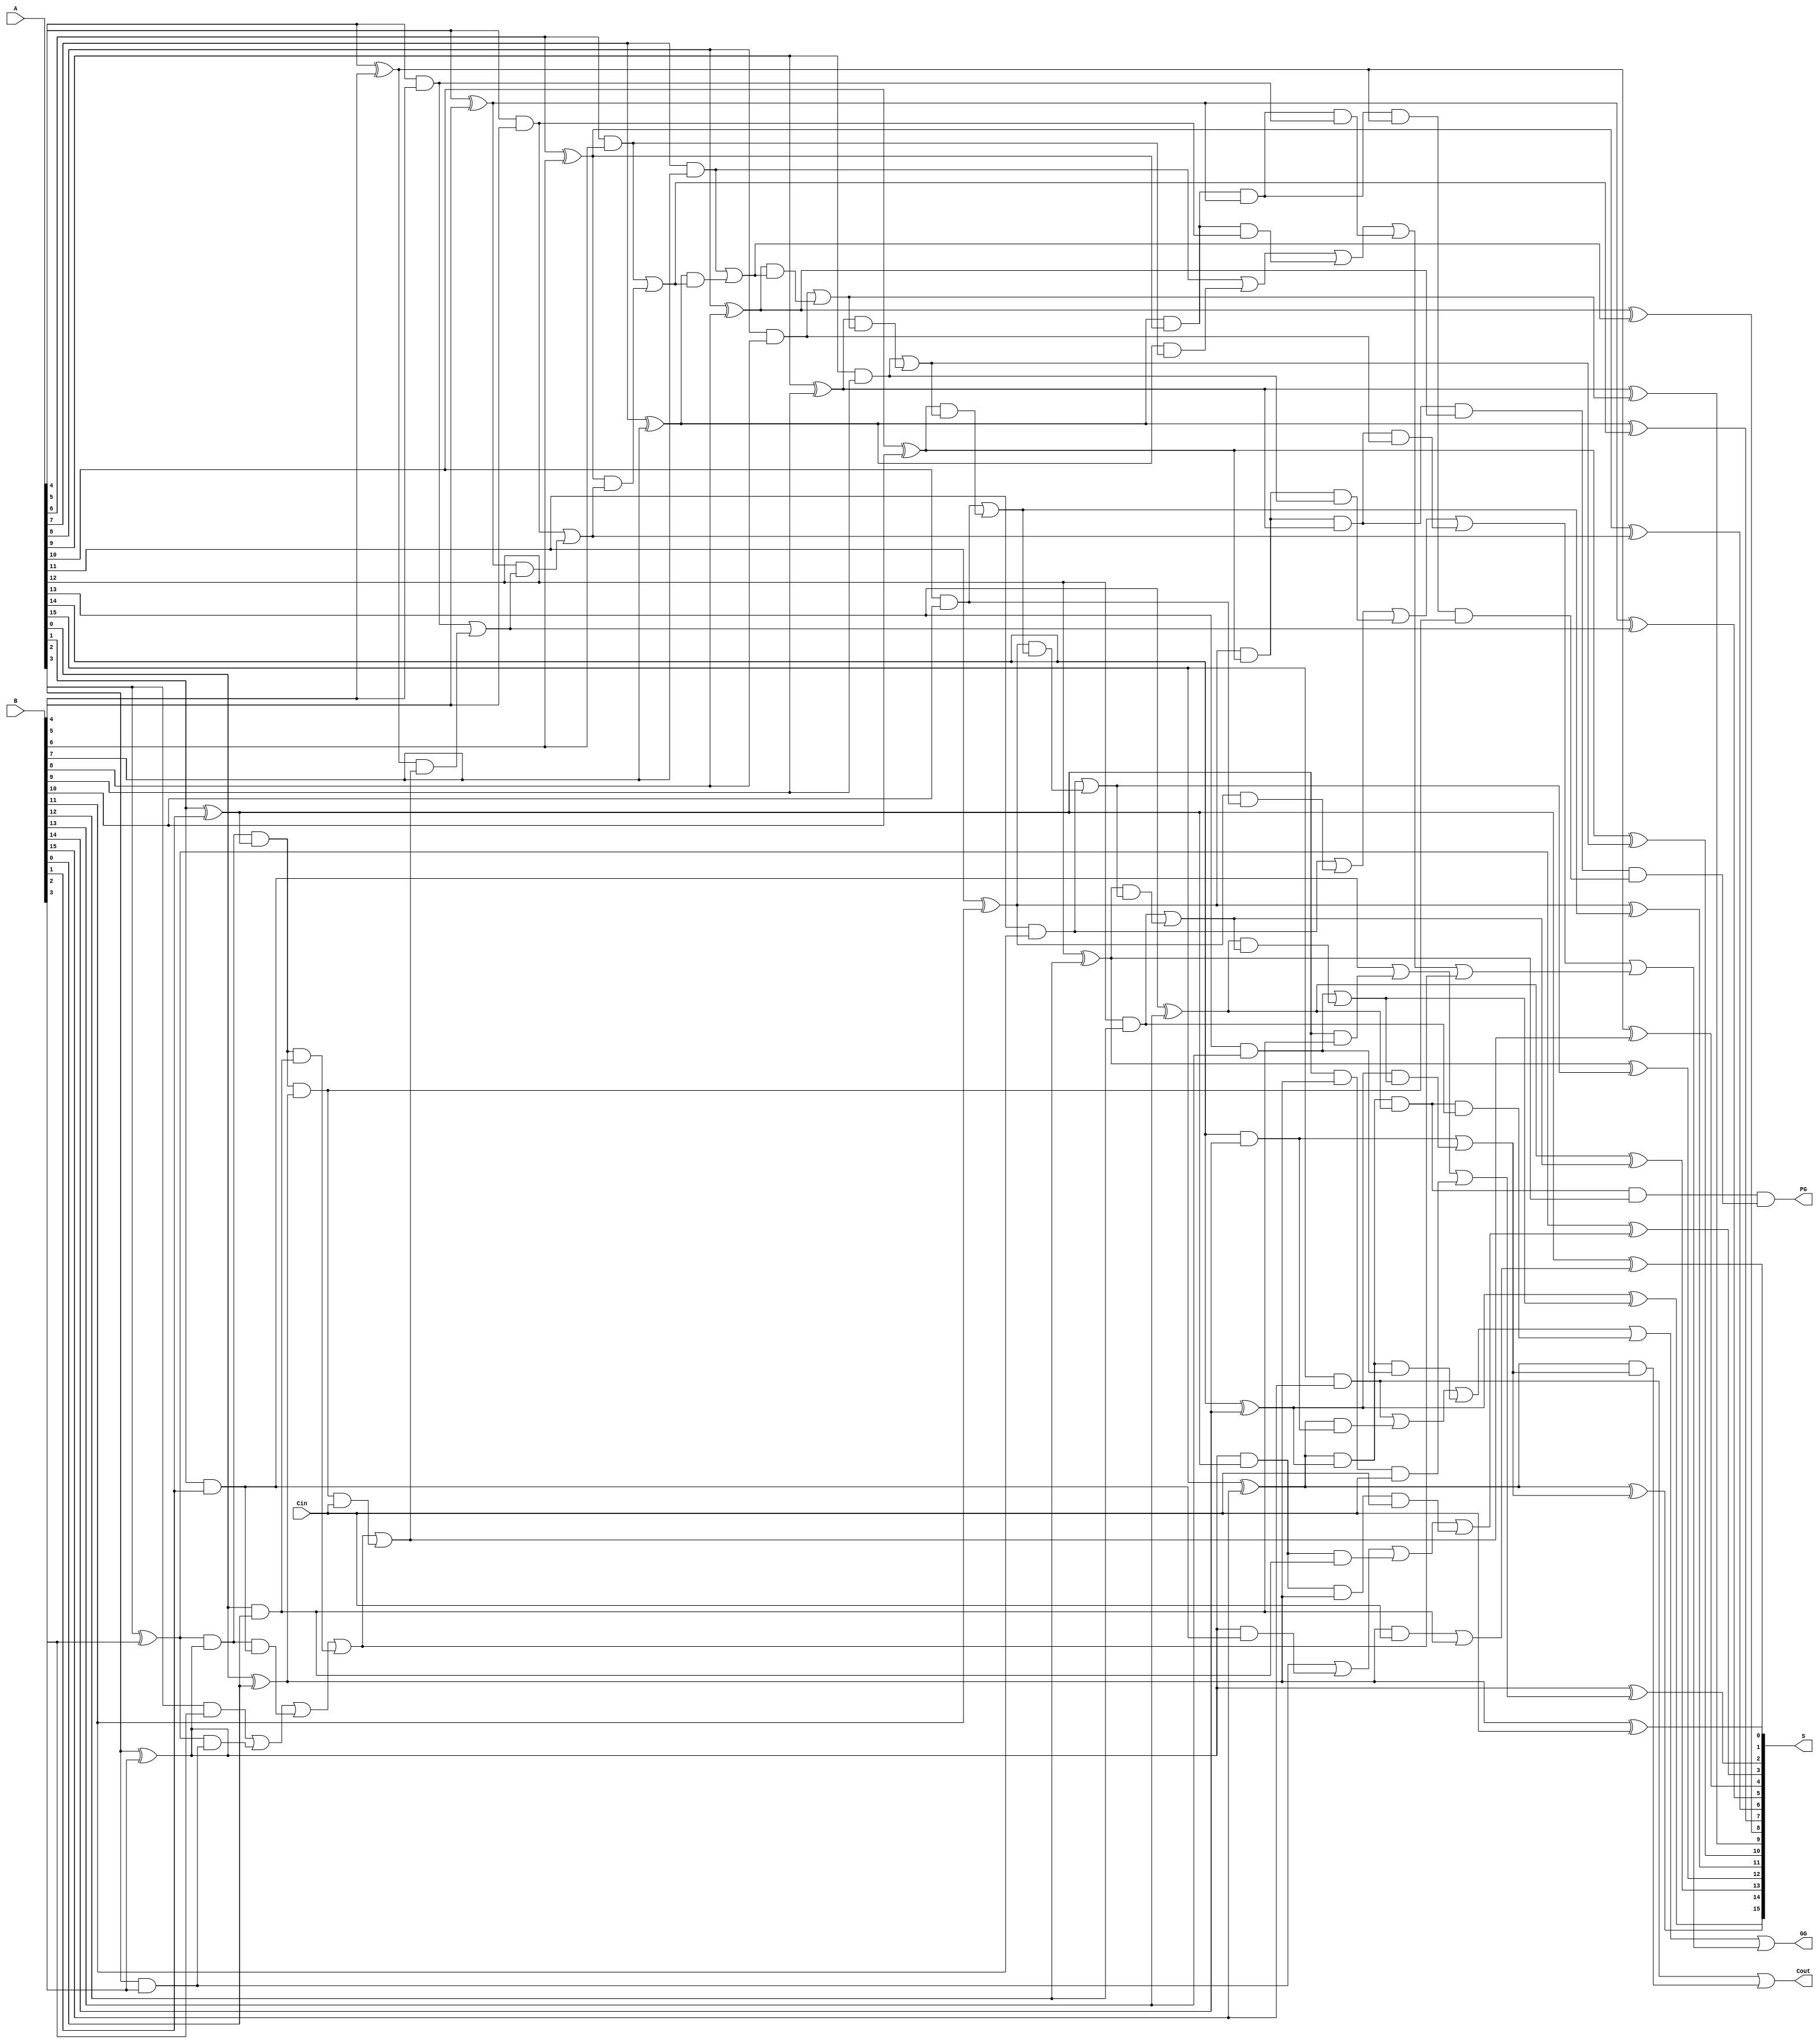
module cla_4bit(output [15:0] S,output Cout, PG,GG,input [15:0]A,B,input Cin);
	wire [15:0] G,P,C;
	wire g1,g2,g3,g4,g5,g6,g7,g8,g9,g10,g11,g12,g13,g14,g15;
	wire w1,w2,w3,w4,w5,w6,w7,w8,w9,w10,w11,w12,w13,w14,w15,w16,w17,w18,w19,w20,w21,w22,w23;
	wire v,v1,v2;
	//generate   G= A&B 
		and #1(G[0],A[0],B[0]),	
			(G[1],A[1],B[1]),
			(G[2],A[2],B[2]),
			(G[3],A[3],B[3]),
			
			(G[4],A[4],B[4]),	
			(G[5],A[5],B[5]),
			(G[6],A[6],B[6]),
			(G[7],A[7],B[7]),
			
			(G[8],A[8],B[8]),	
			(G[9],A[9],B[9]),
			(G[10],A[10],B[10]),
			(G[11],A[11],B[11]),
			
			(G[12],A[12],B[12]),	
			(G[13],A[13],B[13]),
			(G[14],A[14],B[14]),
			(G[15],A[15],B[15]);
	//propagate  P=A^B
		xor #1 (P[0],A[0],B[0]),
		    (P[1],A[1],B[1]),
			(P[2],A[2],B[2]),
			(P[3],A[3],B[3]),
			
			(P[4],A[4],B[4]),
		    (P[5],A[5],B[5]),
			(P[6],A[6],B[6]),
			(P[7],A[7],B[7]),
			
			(P[8],A[8],B[8]),
		    (P[9],A[9],B[9]),
			(P[10],A[10],B[10]),
			(P[11],A[11],B[11]),
			
			(P[12],A[12],B[12]),
		    (P[13],A[13],B[13]),
			(P[14],A[14],B[14]),
			(P[15],A[15],B[15]);
	
			
   

		 or #1 (C[0],Cin);          //C0
		and #1(w1,P[0],C[0]);    
		or #1 (C[1],w1,G[0]);
							
		and	#1(w2,P[1],G[0]),		 
			(w3,P[1],P[0],C[0]);
		or #1(C[2],G[1],w2,w3);		
			
		and #1(w4, P[2],G[1]),
			(w5,P[2],P[1],G[0]),
			(w6,P[2],P[1],P[0],C[0]);
		or #1 (C[3],G[2],w4,w5,w6);	

		and #1(w7,P[3],G[2]),
			(w8,P[3],P[2],G[1]),
			(w9,P[3],P[2],P[1],G[0]),
			(w10,P[3],P[2],P[1],P[0],C[0]);
		or #1 (C[4],G[3],w7,w8,w9,w10);	

		and #1 (w12,P[4],C[4]);
		or #1 (C[5],G[4],w12);	
		
		and #1 (w13,P[5],C[5]);
		or #1 (C[6],G[5],w13);
		
		and #1(w14,P[6],C[6]);
		or #1 (C[7],G[6],w14);
		
		and #1(w15,P[7],C[7]);
		or #1 (C[8],G[7],w15);
		
		and #1(w16,P[8],C[8]);
		or #1  (C[9],G[8],w16);	
		
		and #1(w17,P[9],C[9]);
		or #1 (C[10],G[9],w17);
		
		and #1(w18,P[10],C[10]);
		or #1 (C[11],G[10],w18);
		
		and #1(w19,P[11],C[11]);
		or #1 (C[12],G[11],w19);
		
		and #1(w20,P[12],C[12]);
		or #1 (C[13],G[12],w20);	
		
		and #1(w21,P[13],C[13]);
		or #1 (C[14],G[13],w21);	
		
		and #1 (w22,P[14],C[14]);
		or #1 (C[15],G[14],w22);

	    and #1 (w23,P[15],C[15]);
		or #1 (Cout,G[15],w23);

			
//SUM
	//	assign S=P^C;
	    xor #1 (S[0],P[0],C[0]),
			(S[1],P[1],C[1]),
			(S[2],P[2],C[2]),
			(S[3],P[3],C[3]),
			(S[4],P[4],C[4]),
			(S[5],P[5],C[5]),
			(S[6],P[6],C[6]),
			(S[7],P[7],C[7]),
			(S[8],P[8],C[8]),
			(S[9],P[9],C[9]),
			(S[10],P[10],C[10]),
			(S[11],P[11],C[11]),
			(S[12],P[12],C[12]),
			(S[13],P[13],C[13]),
			(S[14],P[14],C[14]),
			(S[15],P[15],C[15]);	

			
//PROPAGATE
		and #1 (v,P[3],P[2],P[1],P[0]),
			(v1,P[7],P[6],P[5],P[4],v),
			(v2,P[11],P[10],P[9],P[8],v1),
			(PG,P[15],P[14],P[13],P[12],v2);
			
//GENERATE



	
		and #1(g1,P[3],G[2]),
			(g2,P[3],P[2],G[1]),
			(g3,P[3],P[2],P[1],G[0]);
		or #1 (g4,G[3],g1,g2,g3);
		
		and #1(g5,P[7],G[6]),
			(g6,P[7],P[6],G[5]),
			(g7,P[7],P[6],P[5],G[4]);
		or  (g8,G[7],g5,g6,g7,g4);
		
		and #1(g9,P[11],G[10]),
			(g10,P[11],P[10],G[9]),
			(g11,P[11],P[10],P[9],G[8]);
		or #1 (g12,G[11],g9,g10,g11,g8);
		
	   and #1(g13,P[15],G[14]),
			(g14,P[15],P[14],G[13]),
			(g15,P[15],P[14],P[13],G[12]);
		or #1  (GG,G[15],g13,g14,g15,g12);
		
	
endmodule		
			

 module test_cla_4bit;
	//inputs
	reg [15:0] A;
	reg [15:0] B;
	reg Cin;
	
	//outputs
	
	wire [15:0] S;
	wire Cout;
	wire PG;
	wire GG;
	
	cla_4bit cla  (.S(S), .Cout(Cout), .PG(PG), .GG(GG), .A(A),.B(B),.Cin(Cin));
	integer i,file ;
	initial begin 
	file=$fopen("cla_copy.txt");
   
	$fwrite(file,"$time, A=%d B=%d Cin=%b : Sum=%d Cout=%b PG=%b GG=%b\n",A,B,Cin,S,Cout,PG,GG);
	
	for(i=0;i<5000;i=i+1)
	begin
	
		#10 A=$urandom%30000;B=$urandom%30000;Cin=0;
		$fwrite(file,$time," A=%d B=%d Cin=%b Sum=%d Cout=%b PG=%b GG=%b\n",A,B,Cin,S,Cout,PG,GG);
		end
	$finish	;
	end


endmodule